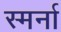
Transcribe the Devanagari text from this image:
स्मर्ना